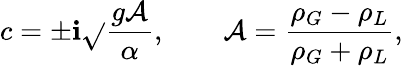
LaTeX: c=\pm\mathbf{i}{\sqrt{}{{\frac{{g{\mathcal{{A}}}}}{{\alpha}}}}},\qquad{\mathcal{{A}}}={\frac{{\rho_{G}-\rho_{L}}}{{\rho_{G}+\rho_{L}}}},